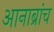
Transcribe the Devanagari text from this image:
आनाब्रांच